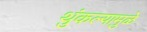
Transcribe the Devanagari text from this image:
थुंकल्यामुळे